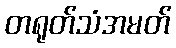
တရုတ်သံအမတ်